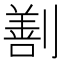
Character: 𠟤